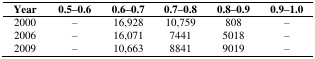
<table><thead><tr><td><b>Year</b></td><td><b>0.5–0.6</b></td><td><b>0.6–0.7</b></td><td><b>0.7–0.8</b></td><td><b>0.8–0.9</b></td><td><b>0.9–1.0</b></td></tr></thead><tbody><tr><td>2000</td><td>–</td><td>16,928</td><td>10,759</td><td>808</td><td>–</td></tr><tr><td>2006</td><td>–</td><td>16,071</td><td>7441</td><td>5018</td><td>–</td></tr><tr><td>2009</td><td>–</td><td>10,663</td><td>8841</td><td>9019</td><td>–</td></tr></tbody></table>